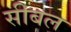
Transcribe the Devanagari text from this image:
सीबल